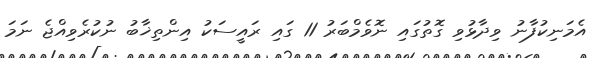
އެމަނިކުފާނު ވިދާޅުވި ގޮތުގައި ނޮވެމްބަރު 11 ގައި ރައީސަކު އިންތިޚާބު ނުކުރެވިއްޖެ ނަމަ